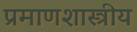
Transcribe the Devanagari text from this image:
प्रमाणशास्त्रीय